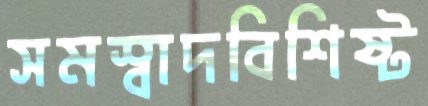
সমস্বাদবিশিষ্ট